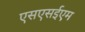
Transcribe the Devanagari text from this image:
एसएसईएम